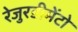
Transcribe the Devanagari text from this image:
रेजुरडीमेंटो